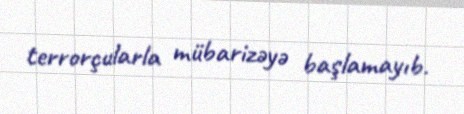
terrorçularla mübarizəyə başlamayıb.